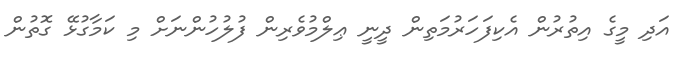
އަދި މީގެ އިތުރުން އެކިފަހަރުމަތިން ދީނީ ޢިލްމުވެރިން ފުލުހުންނަށް މި ކަމާގުޅޭ ގޮތުން